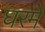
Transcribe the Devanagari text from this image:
घरमे